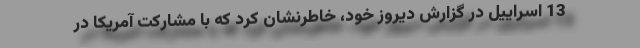
13 اسراییل در گزارش دیروز خود، خاطرنشان کرد که با مشارکت آمریکا در